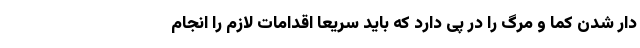
دار شدن کما و مرگ را در پی دارد که باید سریعا اقدامات لازم را انجام